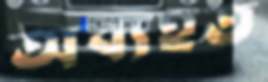
অব্যহত